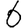
Digit: 6